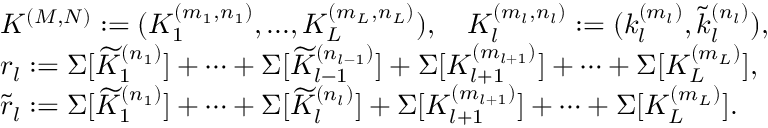
\begin{array} { r l } & { K ^ { ( M , N ) } : = ( K _ { 1 } ^ { ( m _ { 1 } , n _ { 1 } ) } , . . . , K _ { L } ^ { ( m _ { L } , n _ { L } ) } ) , \quad K _ { l } ^ { ( m _ { l } , n _ { l } ) } : = ( k _ { l } ^ { ( m _ { l } ) } , \widetilde { k } _ { l } ^ { ( n _ { l } ) } ) , } \\ & { r _ { l } : = \Sigma [ \widetilde { K } _ { 1 } ^ { ( n _ { 1 } ) } ] + \cdots + \Sigma [ \widetilde { K } _ { l - 1 } ^ { ( n _ { l - 1 } ) } ] + \Sigma [ { K } _ { l + 1 } ^ { ( m _ { l + 1 } ) } ] + \cdots + \Sigma [ { K } _ { L } ^ { ( m _ { L } ) } ] , } \\ & { \widetilde { r } _ { l } : = \Sigma [ \widetilde { K } _ { 1 } ^ { ( n _ { 1 } ) } ] + \cdots + \Sigma [ \widetilde { K } _ { l } ^ { ( n _ { l } ) } ] + \Sigma [ { K } _ { l + 1 } ^ { ( m _ { l + 1 } ) } ] + \cdots + \Sigma [ { K } _ { L } ^ { ( m _ { L } ) } ] . } \end{array}